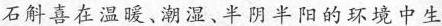
石斛喜在温暖、潮湿、半阴半阳的环境中生